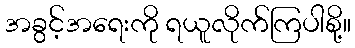
အခွင့်အရေးကို ရယူလိုက်ကြပါစို့။